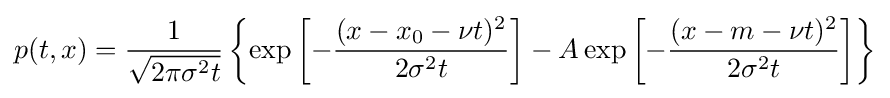
p(t,x)={1 \over {\sqrt {2\pi \sigma ^{2}t}}}\left\{\exp \left[-{(x-x_{0}-\nu t)^{2} \over {2\sigma ^{2}t}}\right]-A\exp \left[-{(x-m-\nu t)^{2} \over {2\sigma ^{2}t}}\right]\right\}